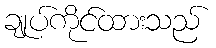
ချုပ်ကိုင်ထားသည်